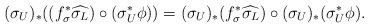
LaTeX: \begin{align*}(\sigma_U)_*((f_\sigma^*\widehat{\sigma_L})\circ(\sigma_U^*\phi)) = (\sigma_U)_*(f_\sigma^*\widehat{\sigma_L})\circ(\sigma_U)_*(\sigma_U^*\phi).\end{align*}